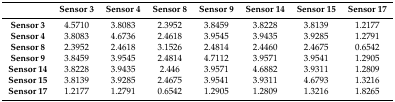
|  | Sensor 3 | Sensor 4 | Sensor 8 | Sensor 9 | Sensor 14 | Sensor 15 | Sensor 17 |
 | --- | --- | --- | --- | --- | --- | --- | --- |
 | Sensor 3 | 4.5710 | 3.8083 | 2.3952 | 3.8459 | 3.8228 | 3.8139 | 1.2177 |
 | Sensor 4 | 3.8083 | 4.6736 | 2.4618 | 3.9545 | 3.9435 | 3.9285 | 1.2791 |
 | Sensor 8 | 2.3952 | 2.4618 | 3.1526 | 2.4814 | 2.4460 | 2.4675 | 0.6542 |
 | Sensor 9 | 3.8459 | 3.9545 | 2.4814 | 4.7112 | 3.9571 | 3.9541 | 1.2905 |
 | Sensor 14 | 3.8228 | 3.9435 | 2.446 | 3.9571 | 4.6882 | 3.9311 | 1.2809 |
 | Sensor 15 | 3.8139 | 3.9285 | 2.4675 | 3.9541 | 3.9311 | 4.6793 | 1.3216 |
 | Sensor 17 | 1.2177 | 1.2791 | 0.6542 | 1.2905 | 1.2809 | 1.3216 | 1.8265 |